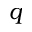
q